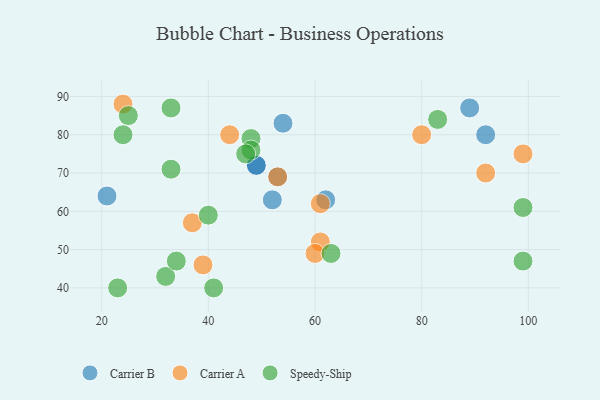
{"axis": {"x": "GDP", "y": "Life Expectancy"}, "legend": ["Carrier A", "Carrier B", "Speedy-Ship"], "data": [{"x": "54", "y": 83, "type": "Carrier B"}, {"x": "53", "y": 69, "type": "Carrier B"}, {"x": "52", "y": 63, "type": "Carrier B"}, {"x": "21", "y": 64, "type": "Carrier B"}, {"x": "49", "y": 72, "type": "Carrier B"}, {"x": "49", "y": 72, "type": "Carrier B"}, {"x": "62", "y": 63, "type": "Carrier B"}, {"x": "92", "y": 80, "type": "Carrier B"}, {"x": "89", "y": 87, "type": "Carrier B"}, {"x": "44", "y": 80, "type": "Carrier A"}, {"x": "24", "y": 88, "type": "Carrier A"}, {"x": "92", "y": 70, "type": "Carrier A"}, {"x": "61", "y": 52, "type": "Carrier A"}, {"x": "53", "y": 69, "type": "Carrier A"}, {"x": "60", "y": 49, "type": "Carrier A"}, {"x": "61", "y": 62, "type": "Carrier A"}, {"x": "39", "y": 46, "type": "Carrier A"}, {"x": "80", "y": 80, "type": "Carrier A"}, {"x": "99", "y": 75, "type": "Carrier A"}, {"x": "37", "y": 57, "type": "Carrier A"}, {"x": "32", "y": 43, "type": "Speedy-Ship"}, {"x": "48", "y": 79, "type": "Speedy-Ship"}, {"x": "63", "y": 49, "type": "Speedy-Ship"}, {"x": "99", "y": 61, "type": "Speedy-Ship"}, {"x": "33", "y": 87, "type": "Speedy-Ship"}, {"x": "25", "y": 85, "type": "Speedy-Ship"}, {"x": "33", "y": 71, "type": "Speedy-Ship"}, {"x": "23", "y": 40, "type": "Speedy-Ship"}, {"x": "24", "y": 80, "type": "Speedy-Ship"}, {"x": "99", "y": 47, "type": "Speedy-Ship"}, {"x": "83", "y": 84, "type": "Speedy-Ship"}, {"x": "48", "y": 76, "type": "Speedy-Ship"}, {"x": "47", "y": 75, "type": "Speedy-Ship"}, {"x": "34", "y": 47, "type": "Speedy-Ship"}, {"x": "40", "y": 59, "type": "Speedy-Ship"}, {"x": "41", "y": 40, "type": "Speedy-Ship"}]}